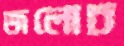
জলোচ